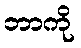
ဘာကို